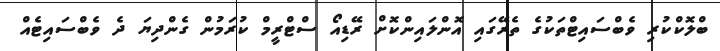
ބްލޮކްކުރި ވެބްސައިޓްތަކުގެ ތެރޭގައި އޮންލައިންކޮށް ރޭޑިއޯ ސްޓްރީމް ކުރަމުން ގެންދިޔަ ދެ ވެބްސައިޓެއް